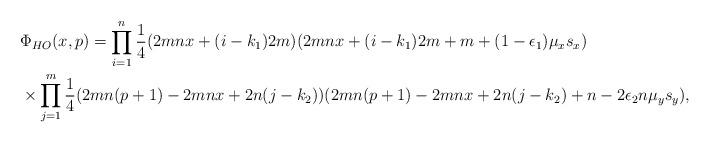
LaTeX: \begin{align*}&\Phi_{HO}(x,p)=\prod_{i=1}^{n}\frac{1}{4}(2 mn x + (i-k_{1})2m)(2 mn x +(i-k_{1})2m +m+(1-\epsilon_{1})\mu_{x}s_{x})\\&\times \prod_{j=1}^{m}\frac{1}{4}( 2 mn (p+1) -2 mn x + 2 n(j-k_{2}))( 2 mn (p+1) -2 mn x + 2 n(j-k_{2})+n- 2\epsilon_{2} n\mu_{y}s_{y}),\end{align*}